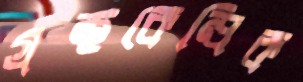
গ্রন্থকেন্দ্রিক